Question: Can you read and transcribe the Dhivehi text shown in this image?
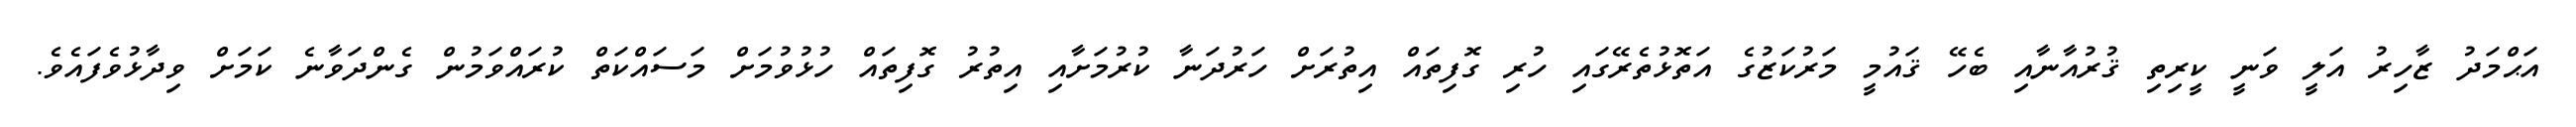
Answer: އަޙްމަދު ޒާހިރު އަލީ ވަނީ ކީރިތި ޤުރުއާނާއި ބެހޭ ޤައުމީ މަރުކަޒުގެ އަތޮޅުތެރޭގައި ހުރި ގޮފިތައް އިތުރަށް ހަރުދަނާ ކުރުމަށާއި އިތުރު ގޮފިތައް ހުޅުވުމަށް މަސައްކަތް ކުރައްވަމުން ގެންދަވާނެ ކަމަށް ވިދާޅުވެފައެވެ.